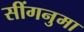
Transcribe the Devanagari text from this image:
सींगनुमा